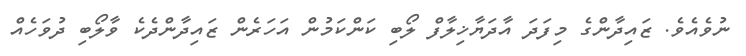
ނުވެއެވެ. ޒައިދާންގެ މިފަދަ އާދަޔާޚިލާފް ލޯބި ކަންކަމުން އަހަރެން ޒައިދާންދެކެ ވާލޯބި ދުވަހެއް